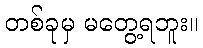
တစ်ခုမှ မတွေ့ရဘူး။